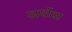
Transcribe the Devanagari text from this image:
अर्शस